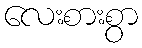
လေးစားစွာ